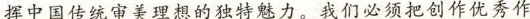
挥中国传统审美理想的独特魅力。我们必须把创作优秀作